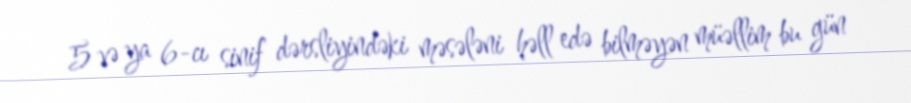
5 və ya 6-cı sinif dərsliyindəki məsələni həll edə bilməyən müəllim bu gün